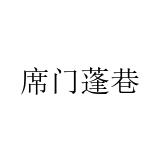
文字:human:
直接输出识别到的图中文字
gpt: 席门蓬巷